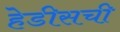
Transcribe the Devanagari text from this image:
हेडीसची